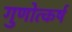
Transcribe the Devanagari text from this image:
गुणोत्कर्ष